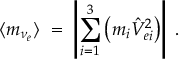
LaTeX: \langle m _ { \nu _ { e } } \rangle \; = \; \left| \sum _ { i = 1 } ^ { 3 } \left( m _ { i } \hat { V } _ { e i } ^ { 2 } \right) \right| \; .